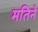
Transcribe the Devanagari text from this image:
मतिने